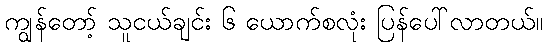
ကျွန်တော့် သူငယ်ချင်း ၆ ယောက်စလုံး ပြန်ပေါ်လာတယ်။